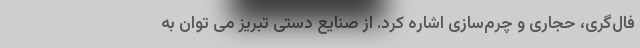
فال‌گری، حجاری و چرم‌سازی اشاره کرد. از صنایع دستی تبریز می توان به